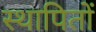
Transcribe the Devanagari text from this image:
स्थापितों